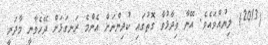
(2013) ލިޔުއްވައެވެ. އޭނާ ވިދާޅުވާ ގޮތުގައި ކުދިންނަށް އެންމެ ރަނގަޅަށް ދޭހެވާނީ މާދަރީ